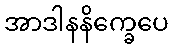
အာဒါနနိက္ခေပေ